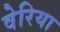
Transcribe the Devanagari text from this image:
वेरिया